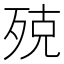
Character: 殑